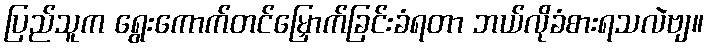
ပြည်သူက ရွေးကောက်တင်မြှောက်ခြင်းခံရတာ ဘယ်လိုခံစားရသလဲဗျ။